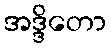
အဒ္ဒိတော